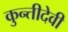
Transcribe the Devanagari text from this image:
कुन्तीदेवी